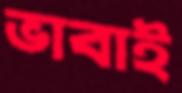
ভাবাই